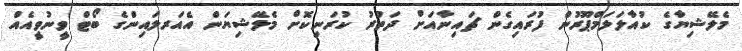
މެލޭޝިޔާގެ ކުއާލަލަމްޕޫރުން ފުރައިގެން ޗައިނާއަށް ދަތުރު ކުރަނިކޮށް މެލޭޝިޔަން އެއަރލައިންގެ ބޯޓް ވީނުވީއެއް